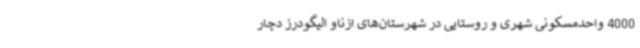
4000 واحدمسکونی شهری و روستایی در شهرستان‌های ازناو الیگودرز دچار